Vaccine operations Central Provinces 1886-1899 - 1886-1899
Year: 1886
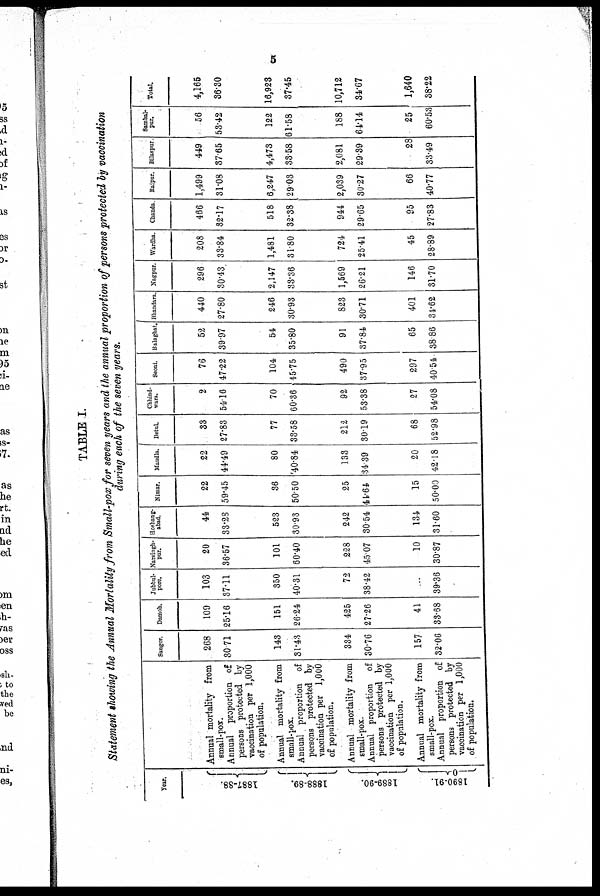
5
TABLE I.
Statement showing the Annual Mortality from Small-pox for seven years and the annual proportion of persons protected by vaccination
during each of the seven years.
Year.
1887-88.
1888-89.
1889-90.
1890-91.
Annual mortality from
small-pox.
Annual proportion of
persons protected by
vaccination per 1,000
of population.
Annual mortality from
small-pox.
Annual proportion of
persons protected by
vaccination per 1,000
or population.
Annual mortality from
small-pox.
Annual proportion of
persons protected by
vaccination per 1,000
of population.
Annual mortality from
small-pox.
Annual proportion of
persons protected by
vaccination per 1,000
of population.
Sangor.
268
30.71
143
31.43
334
30.76
157
32.06
Damoh.
109
25.16
151
26.24
425
27.26
41
33.68
Jubbul-
pore.
103
37.11
350
40.31
72
38.42
...
39.36
Narsingh-
pur.
20
36.57
101
60.40
228
45.07
10
30.87
Hoshang-
abad.
44
33.28
523
30.93
242
30.54
134
31.60
Nimar.
22
59.45
36
50.50
25
44.64
15
50.00
Mandla.
22
44.49
80
40.84
133
34.39
20
42.18
Betul.
33
27.83
77
33.58
212
30.19
68
52.98
Chhind-
wara.
2
54.16
70
60.36
92
53.38
27
54.08
Seoni.
76
47.22
104
45.75
490
37.95
297
40.54
Balaghat.
52
39.97
54
35.80
91
37.84
65
38.86
Bhandara.
440
27.80
246
30.93
823
30.71
401
31.62
Nagpur.
296
30.43
2,147
33.36
1,569
26.21
146
31.70
Wardha.
208
33.84
1,481
31.80
724
25.41
45
28.89
Chanda
466
32.17
518
32.38
944
29.65
95
27.83
Raipur.
1,499
31.08
6,247
29.03
2,039
30.27
66
40.77
Bilaspur
449
37.65
4,473
33.58
2,081
29.39
28
33.49
Sambal-
pur.
56
53.42
122
61.58
188
64.14
25
60.53
Total.
4,165
36.30
16,923
37.45
10,712
34.67
1,640
38.22